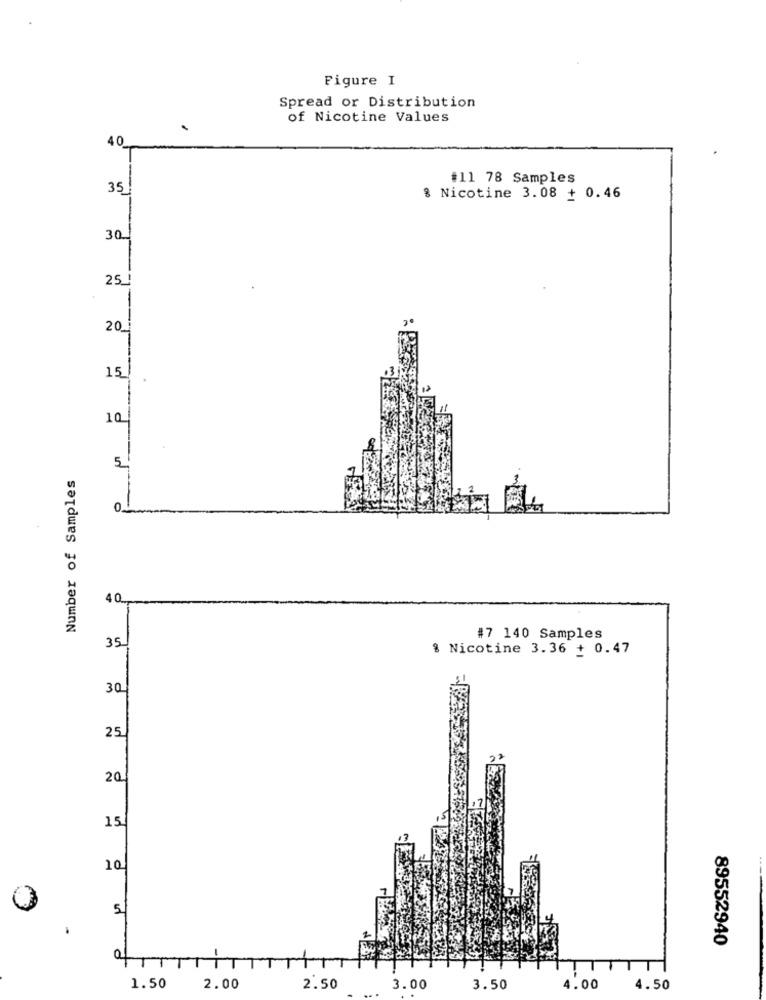
Figure I
Spread or Distribution
of Nicotine Values
40
#11 78 Samples
35
8 Nicotine 3.08 + 0.46
30.
25_
-
20
15
10 !
5
Number of Samples
0
35
#7 140 Samples
@ Nicotine 3.36 + 0.47
30
25
20
15
10
5
89552940
1.50
2.00
2.50
3.00
3.50
4.00
4.50